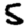
Digit: 5